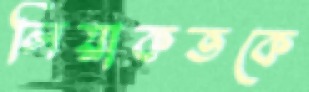
লিয়াকতকে